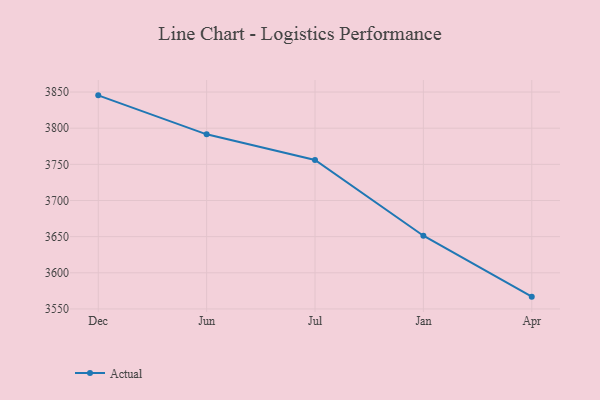
{"axis": {"x": "Month", "y": "Budget (USD K)"}, "legend": ["Actual"], "data": [{"x": "Dec", "y": 3845.4, "type": "Actual"}, {"x": "Jun", "y": 3791.5, "type": "Actual"}, {"x": "Jul", "y": 3756.0, "type": "Actual"}, {"x": "Jan", "y": 3651.3, "type": "Actual"}, {"x": "Apr", "y": 3567.0, "type": "Actual"}]}